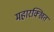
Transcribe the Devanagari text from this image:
महारक्खित